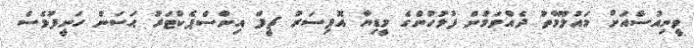
ވީނިއުސްއަށް މައުލޫމާތު ދެއްވަމުން ފުލުހުންގެ މީޑިޔާ އޮފިސަރު ޗީފް އިންސްޕެކްޓަރު ޙަސަން ހަނީފުވެސް